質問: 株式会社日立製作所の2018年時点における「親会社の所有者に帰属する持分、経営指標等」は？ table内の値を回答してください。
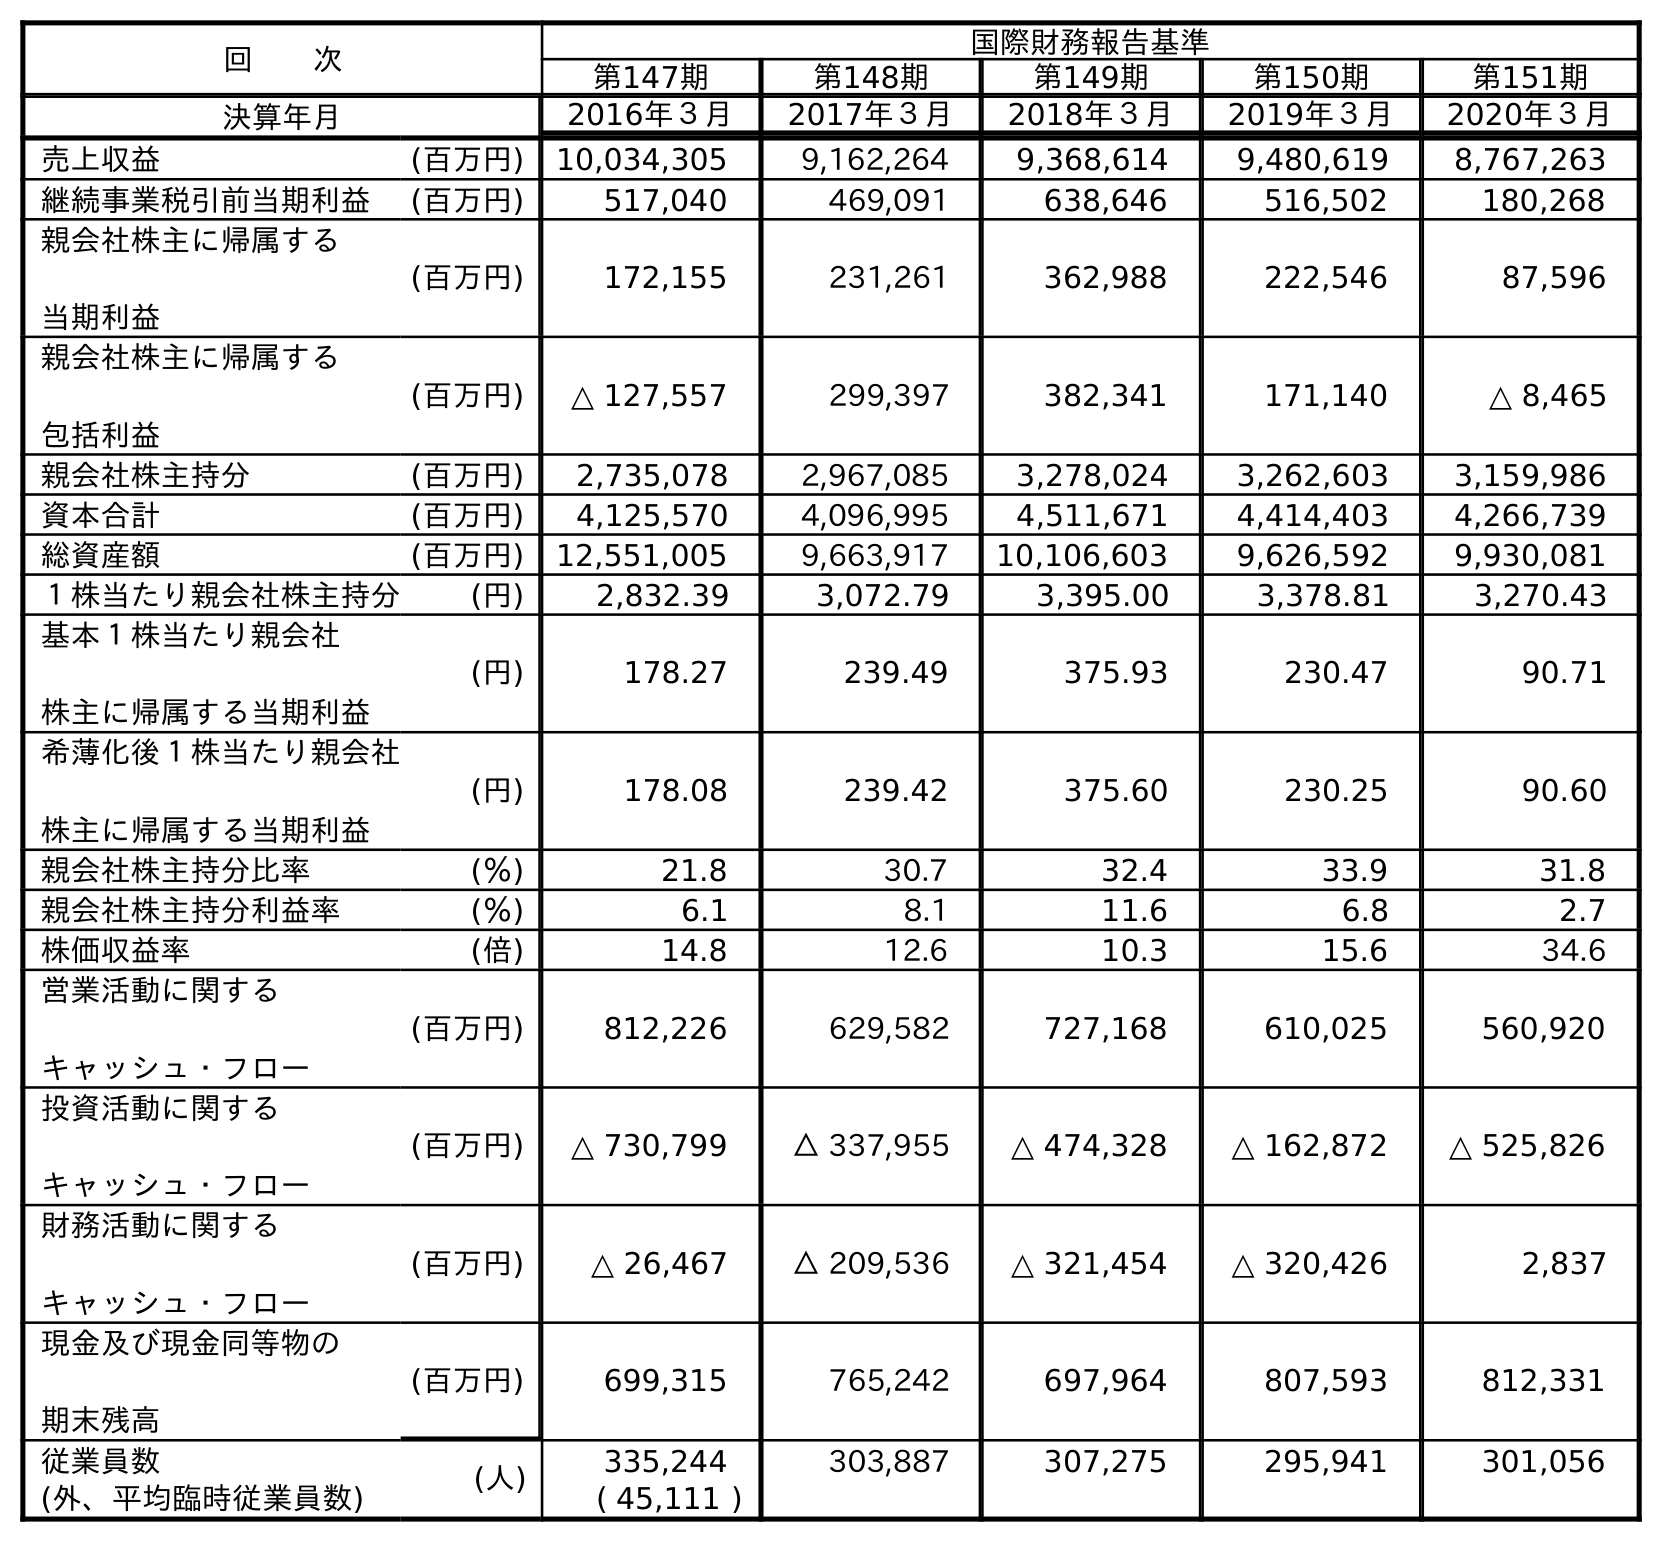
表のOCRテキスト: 回  次 国際財務報告基準 第147期 第148期 第149期 第150期 第151期 決算年月 2016年３月 2017年３月 2018年３月 2019年３月 2020年３月 売上収益 (百万円) 10,034,305 9,162,264 9,368,614 9,480,619 8,767,263 継続事業税引前当期利益 (百万円) 517,040 469,091 638,646 516,502 180,268 親会社株主に帰属する 当期利益 (百万円) 172,155 231,261 362,988 222,546 87,596 親会社株主に帰属する 包括利益 (百万円) △ 127,557 299,397 382,341 171,140 △ 8,465 親会社株主持分 (百万円) 2,735,078 2,967,085 3,278,024 3,262,603 3,159,986 資本合計 (百万円) 4,125,570 4,096,995 4,511,671 4,414,403 4,266,739 総資産額 (百万円) 12,551,005 9,663,917 10,106,603 9,626,592 9,930,081 １株当たり親会社株主持分 (円) 2,832.39 3,072.79 3,395.00 3,378.81 3,270.43 基本１株当たり親会社 株主に帰属する当期利益 (円) 178.27 239.49 375.93 230.47 90.71 希薄化後１株当たり親会社 株主に帰属する当期利益 (円) 178.08 239.42 375.60 230.25 90.60 親会社株主持分比率 (％) 21.8 30.7 32.4 33.9 31.8 親会社株主持分利益率 (％) 6.1 8.1 11.6 6.8 2.7 株価収益率 (倍) 14.8 12.6 10.3 15.6 34.6 営業活動に関する キャッシュ・フロー (百万円) 812,226 629,582 727,168 610,025 560,920 投資活動に関する キャッシュ・フロー (百万円) △ 730,799 △ 337,955 △ 474,328 △ 162,872 △ 525,826 財務活動に関する キャッシュ・フロー (百万円) △ 26,467 △ 209,536 △ 321,454 △ 320,426 2,837 現金及び現金同等物の 期末残高 (百万円) 699,315 765,242 697,964 807,593 812,331 従業員数 (人) 335,244 303,887 307,275 295,941 301,056 (外、平均臨時従業員数) ( 45,111 )
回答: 3,278,024